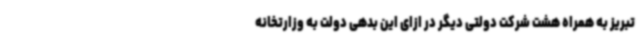
تبریز به همراه هشت شرکت دولتی دیگر در ازای این بدهی دولت به وزارتخانه